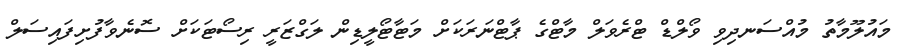
މައުލޫމާތު މުއްސަނދިވި ވޯލްޑް ޓްރެވަލް މާޓްގެ ޕާޓްނަރަކަށް މަޓާޓޯލީޑިން ލަގްޒަރީ ރިސޯޓަކަށް ސޮނެވާފުށިފައިސަލް